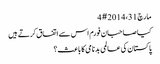
‏مارچ 31، 2014 #4
کیا صاحبان فورم اس سے اتفاق کرتے ہیں
پاکستان کی عالمی بدنامی کا باعث؟